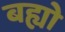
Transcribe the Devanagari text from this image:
बह्यो